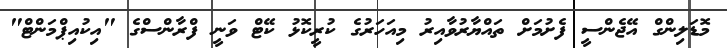
މޮޑަލިންގް އޭޖެންސީ ފެށުމަށް ތައްޔާރުވާއިރު މިއަހަރުގެ ކުރީކޮޅު ކޭޓް ވަނީ ފްރާންސްގެ "އިކުއިޕްމަންޓް"